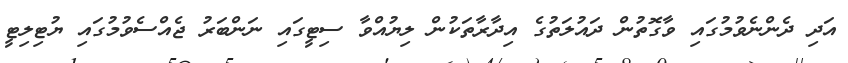
އަދި ދެންނެވުމުގައި ވާގޮތުން ދައުލަތުގެ އިދާރާތަކުން ލިޔުއްވާ ސިޓީގައި ނަންބަރު ޖެއްސެވުމުގައި ޔުޓިލިޓީ